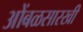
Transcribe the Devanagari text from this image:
आेंबळसारखी